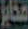
مخابز